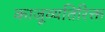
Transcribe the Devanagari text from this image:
काजूव्यतिरिक्त